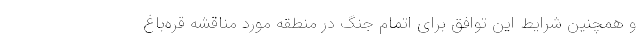
و همچنین شرایط این توافق برای اتمام جنگ در منطقه مورد مناقشه قره‌باغ